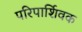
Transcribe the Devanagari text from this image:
परिपार्शिवक